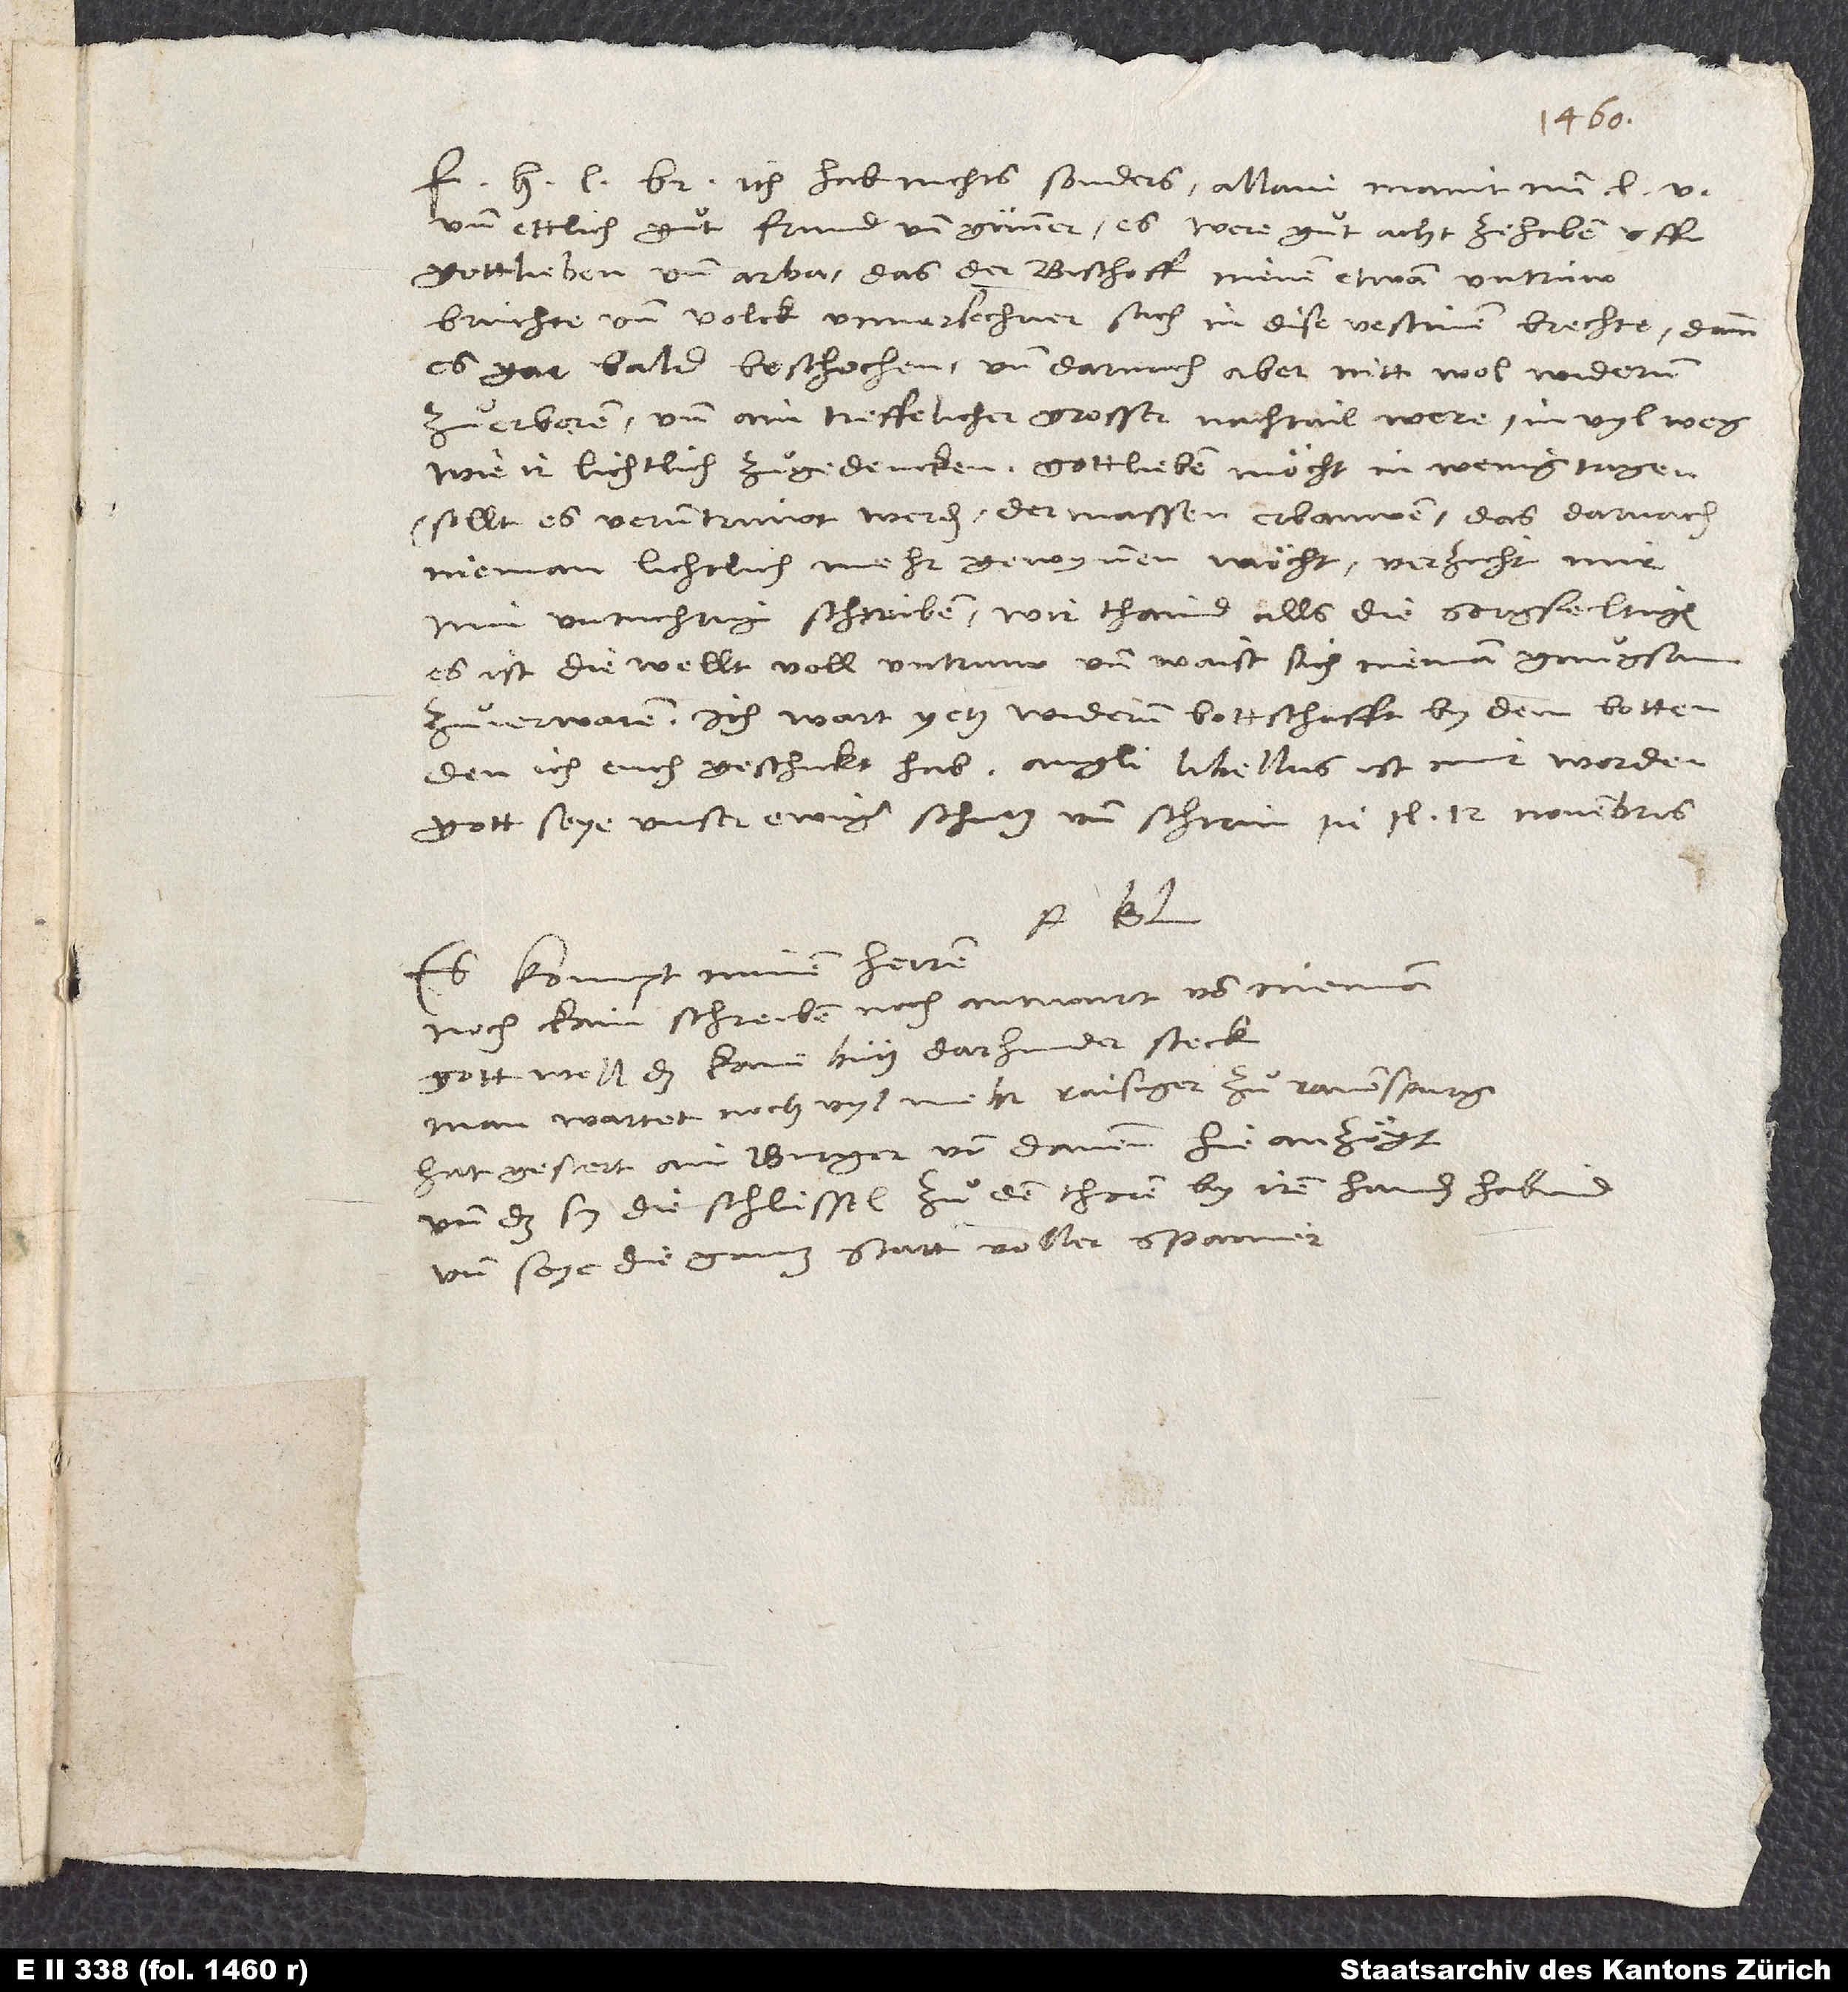
ich hab nichts sonders. Allain maint min l
und ettlich guͦt frund und gunner, es were guͦt, acht ze haben uff
Gottlieben und Arba, das der bischoff nienen etwan untrüw
brüchte und volck unversechner sach in dise vestinen brechte. Dann
es gar bald beschechen, und darnach aber nitt wol widerum
zuͦ erboren und ain treffelicher, grosser nachtail were in vyl weg,
wie ir lichtlich zuͦ gedencken. Gottlieben möcht man in wenig tagen
(sollt es veruntrüwt werden) dermassen erbauwen, das darnach
min untuchtig schreiben. Wir thaind alls die sorgfeltigen:
Es ist die wellt voll untruw, und waist sich nieman gnuͦgsam
zuͦ verwaren! Ich wart yetz widerum bottschafft by dem botten,
Gott seye unser ewiger schutz und schirm. In il, 12. novembris.
Es kompt minen herren
noch kain schreiben noch antwurt von nieman.
Gott well, das kain butz darhinder steck!
Man wartet noch vyl mehr raisiger zuͦ Ravenspurg:
Hat gestert ain burger von dannen hie anzögt;
und das sy die schlüssel zuͦ den thoren by iren handen habind;
und seye die gantz statt voller Spanier.